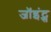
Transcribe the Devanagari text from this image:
जॉइंट्स